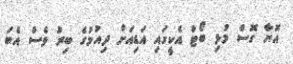
އޮޔާ ގޮސް މުޅި ބޯޓް އެކީގައި އަޑިއަށް ދިއުމުގެ ބިރު ވެސް އެބަ